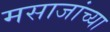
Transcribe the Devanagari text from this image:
मसाजांच्या